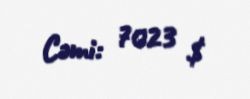
Cəmi: 7023 $